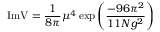
\mathrm { I m } \mathrm { V } = \frac { 1 } { 8 \pi } \mu ^ { 4 } \exp { \left( \frac { - 9 6 \pi ^ { 2 } } { 1 1 N g ^ { 2 } } \right) }